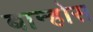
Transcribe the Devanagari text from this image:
बान्होस